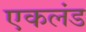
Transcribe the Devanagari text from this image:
एकलंड